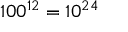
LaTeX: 1 0 0 ^ { 1 2 } = 1 0 ^ { 2 4 }